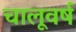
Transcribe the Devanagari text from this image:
चालूवर्ष